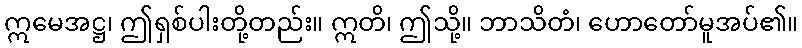
ဣမေအဋ္ဌ၊ ဤရှစ်ပါးတို့တည်း။ ဣတိ၊ ဤသို့။ ဘာသိတံ၊ ဟောတော်မူအပ်၏။